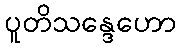
ပူတိသန္ဒေဟော